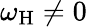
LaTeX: \omega_{\mathrm{H}}\neq 0